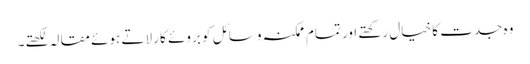
وہ جدت کا خیال رکھتے اور تمام ممکنہ وسائل کو بروئے کار لاتے ہوئے مقالہ لکھتے۔